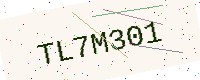
Text: TL7M301